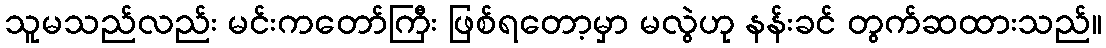
သူမသည်လည်း မင်းကတော်ကြီး ဖြစ်ရတော့မှာ မလွဲဟု နန်းခင် တွက်ဆထားသည်။